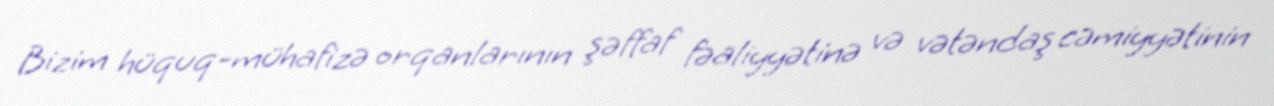
Bizim hüquq-mühafizə orqanlarının şəffaf fəaliyyətinə və vətəndaş cəmiyyətinin